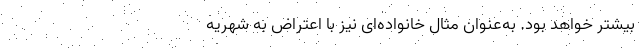
بیشتر خواهد بود. به‌عنوان مثال خانواده‌‌ای نیز با اعتراض به شهریه